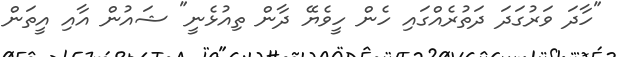
"ހާދަ ވަރުގަދަ ދަތުރެއްގައި ހެން ހީވެޔޭ ދާން ތިއުޅެނީ" ޝައުން އާއި އީތަން